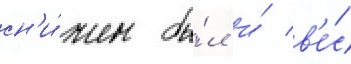
сн'и́жен бы́л и́ в'е́с